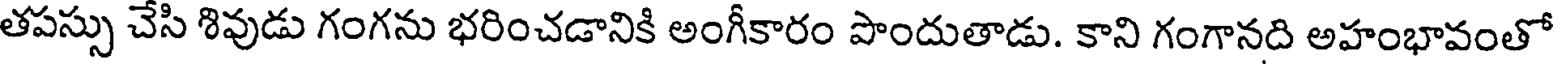
తపస్సు చేసి శివుడు గంగను భరించడానికి అంగీకారం పొందుతాడు. కాని గంగానది అహంభావంతో